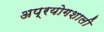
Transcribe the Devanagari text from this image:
अप्रयोगशाली